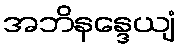
အဘိနန္ဒေယျံ